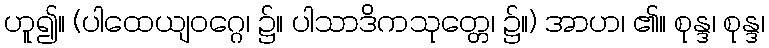
ဟူ၍။ (ပါထေယျဝဂ္ဂေ၊ ၌။ ပါသာဒိကသုတ္တေ၊ ၌။) အာဟ၊ ၏။ စုန္ဒ၊ စုန္ဒ၊